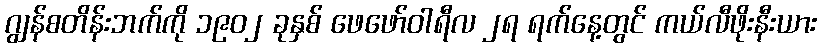
ဂျွန်စတိန်းဘက်ကို ၁၉၀၂ ခုနှစ် ဖေဖော်ဝါရီလ ၂ရ ရက်နေ့တွင် ကယ်လီဖိုးနီးယား